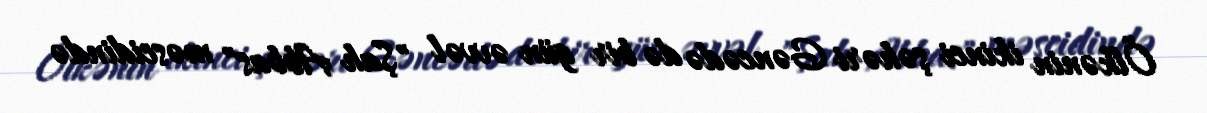
Ölkənin ikinci şəhəri Gəncədə də bir gün əvvəl "Şah Abbas" məscidində